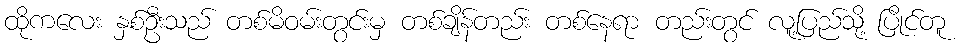
ထိုကလေး နှစ်ဦးသည် တစ်မိဝမ်းတွင်းမှ တစ်ချိန်တည်း တစ်နေရာ တည်းတွင် လူ့ပြည်သို့ ပြိုင်တူ